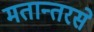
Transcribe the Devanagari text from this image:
मतान्तरसे